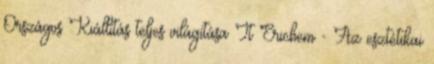
Országos Kiállítás teljes világítása It Erichem - Az esztétikai